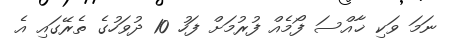
ނަމަ ވަކި ޚާއްސަ ފޯމެއް ފުރުމަށް ފަހު 10 ދުވަހުގެ ތެރޭގައި އެ